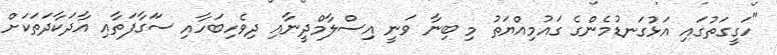
"ހަގީގަތުގައި އަޅުގަނޑުމެންގެ ގައުމިއްޔަތު މި ބިނާ ވަނީ އިސްލާމްދީނާއި ދިވެހިބަހާއި ސަަގާފަތާއި އާދަކާދަތަކަށް